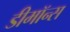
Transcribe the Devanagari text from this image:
डीमॉन्स